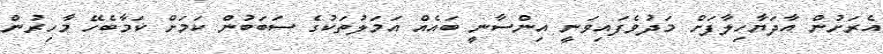
އެރަށުން އާދަޔާހިލާފަށް މަދުވެފައިވަނީ އިންސާނީ ބައެއްް އަމަލުތަކުގެ ސަބަބުން ކަމަށް ކަމާބެހޭ މާހިރުން